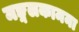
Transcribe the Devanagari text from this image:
मङ्गलकामना